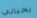
بحياتي